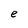
Character: e